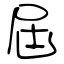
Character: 屆